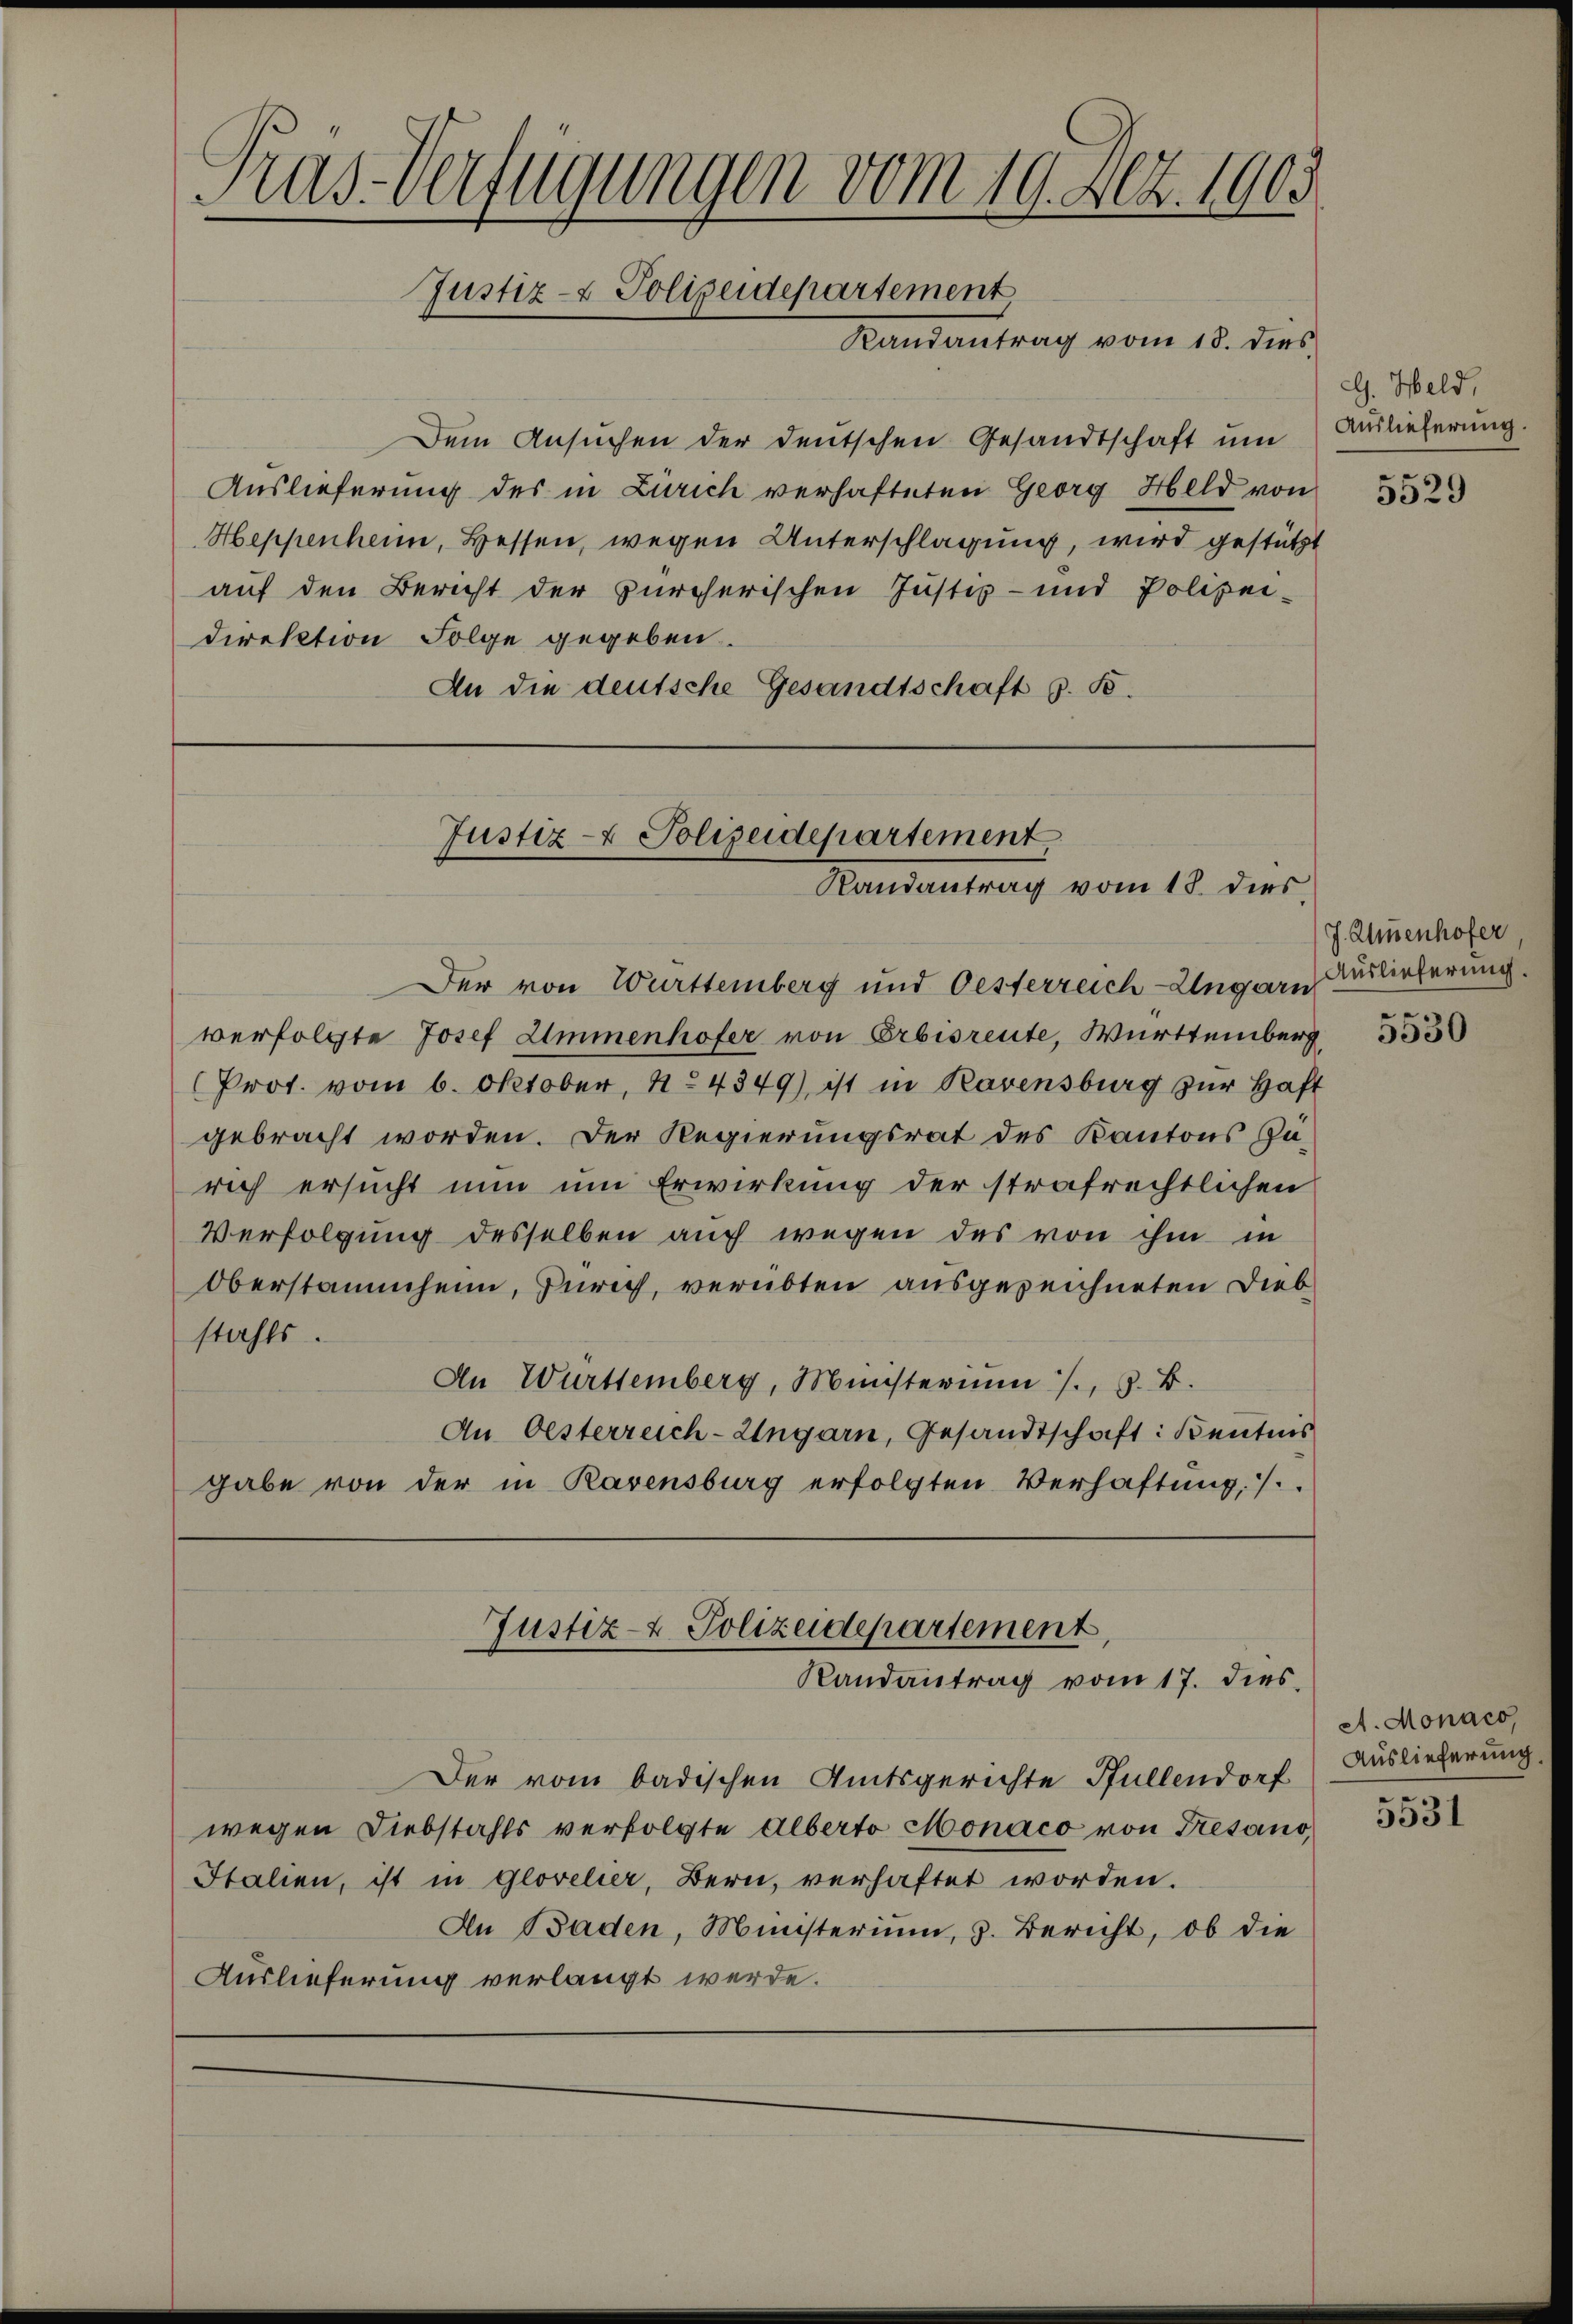
Tras-Verfügungen vom 19. Metz. 1903
Justiz- & Polizeidepartement
Randantrag vom 18. dies

Dem Ansuchen der deutschen Gesandtschaft um
Auslieferung des in Zürich verhafteten Georg Held von
Heppenheim, Bessen, wegen Unterschlagung, wird gestützt
auf den Bericht der zürcherischen Justiz- und Polizei-
direktion Folge gegeben
An die deutsche Gesandtschaft z. B.

Der von Württemberg und Oesterreich-Ungarn
verfolgte Josef Ammenhofer von Erbisreute, Württemberg
Prot. vom 6. Oktober, 1. 4349) ist in Ravensburg zur Haft
gebracht worden. Der Regierungsrat des Kantons Zu-
rich ersucht nun um Erwirkung der strafrechtlichen
Verfolgung desselben auch wegen des von ihm in
Oberstammheim, Zürich, verübten ausgezeichneten Diebstahls.
An Württemberg, Ministerium /. G. B.
An Oesterreich-Ungarn, Gesandtschaft: Kentnis
gabe von der in Ravensburg erfolgten Verhaftung ..

Justiz- & Polizeidepartement
Randantrag vom 18. dies

Justiz- & Polizeidepartement,
Randantrag vom 17. dies

Der vom badischen Amtsgerichte Füllendorf
wegen Diebstahls verfolgte Alberto Monaco von Gesano,
Italien, ist in Glovelier, Bern, verhaftet worden.
An Baden, Ministerium, z. Bericht, ob die
Auslieferung verlangt werde.

G. Held,
Auslieferung.

5529

J. Almenhofer
Auslieferung.

5530

A. Monaco,
Auslieferung.

eg
5531